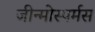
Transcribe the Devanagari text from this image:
जीन्मोस्पर्मस